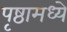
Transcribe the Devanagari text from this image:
पृष्ठामध्ये